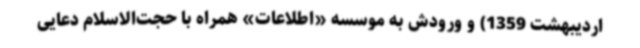
اردیبهشت 1359) و ورودش به موسسه «اطلاعات» همراه با حجت‌الاسلام دعایی